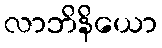
လာဘိနိယော